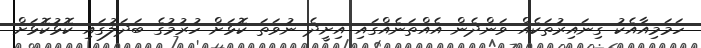
ހަމަމިއާއެކު ގިނައިރުތަކެއް ވަންދެން އެއްތަނެއްގައި އިށީދެ ނުވަތަ ކޮޅަށް ހުރުމުގެ ބަދަލުގައި ކޮޅުކޮޅަށް